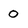
Character: 0